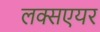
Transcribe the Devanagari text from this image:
लक्सएयर